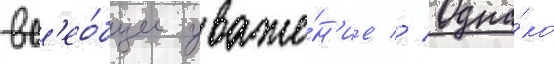
вс'ео́бщее уваже́н'ие // Одна́ко